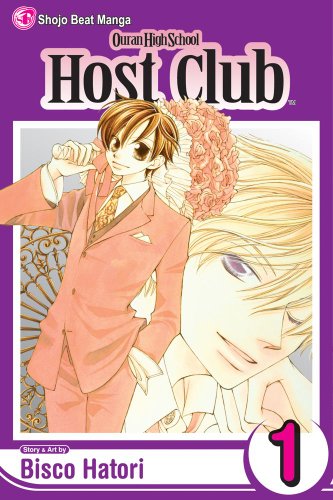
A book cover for Ouran High School Host Club, Vol. 1; Bisco Hatori; Comics & Graphic Novels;